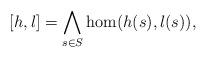
LaTeX: \begin{align*} [h,l]=\bigwedge_{s\in S}\hom(h(s),l(s)),\end{align*}